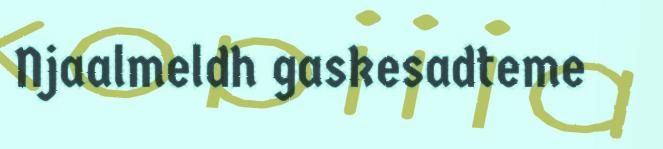
Njaalmeldh gaskesadteme